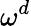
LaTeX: \omega^{d}